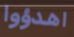
اهدؤوا